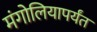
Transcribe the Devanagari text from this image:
मंगोलियापर्यंत